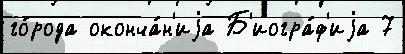
го́рода оконча́н'иjа Б'иогра́ф'иjа 7